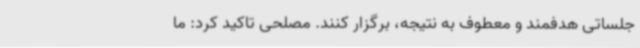
جلساتی هدفمند و معطوف به نتیجه، برگزار کنند. مصلحی تاکید کرد: ما